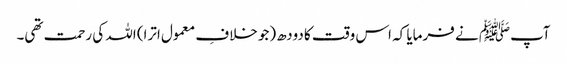
آپﷺ نے فرمایا کہ اس وقت کا دودھ (جو خلافِ معمول اترا) اللہ کی رحمت تھی۔